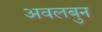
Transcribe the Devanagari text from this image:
अवलबुन